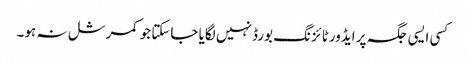
کسی ایسی جگہ پر ایڈورٹائزنگ بورڈ نہیں لگایا جاسکتا جو کمرشل نہ ہو۔